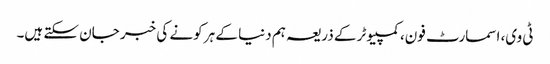
ٹی وی، اسمارٹ فون، کمپیوٹر کے ذریعہ ہم دنیا کے ہر کونے کی خبر جان سکتے ہیں۔